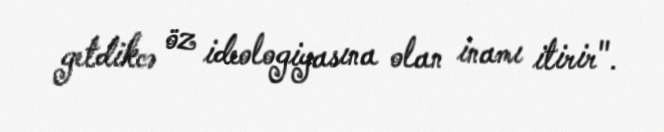
getdikcə öz ideologiyasına olan inamı itirir".